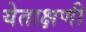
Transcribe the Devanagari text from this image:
येताक्षणी